Plague in India, 1896, 1897 - Volume 2
Year: 1896
Disease focus: Plague
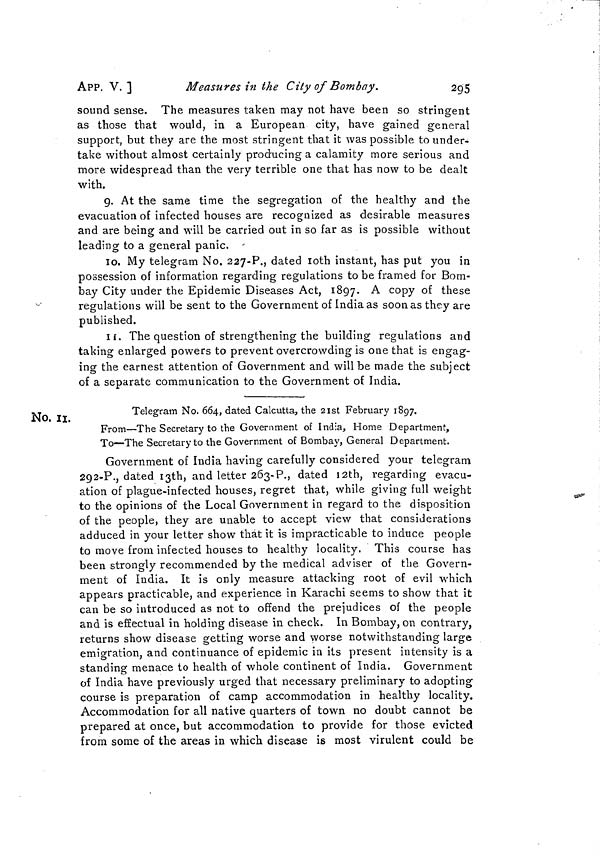
APP. V.]
Measures in the City of Bombay.
295
sound sense. The measures taken may not have been so stringent
as those that would, in a European city, have gained general
support, but they are the most stringent that it was possible to under-
take without almost certainly producing a calamity more serious and
more widespread than the very terrible one that has now to be dealt
with.
9. At the same time the segregation of the healthy and the
evacuation of infected houses are recognized as desirable measures
and are being and will be carried out in so far as is possible without
leading to a general panic. '
10. My telegram No. 227-?., dated loth instant, has put you in
possession of information regarding regulations to be framed for Bom-
bay City under the Epidemic Diseases Act, 1897. A copy of these
regulations will be sent to the Government of India as soon as they are
published.
11. The question of strengthening the building regulations and
taking enlarged powers to prevent overcrowding is one that is engag-
ing the earnest attention of Government and will be made the subject
of a separate communication to the Government of India.
No, ii.
Telegram No. 664, dated Calcutta, the 2ist February 1897.
From—The Secretary to the Government of India, Home Department,
To—The Secretary to the Government of Bombay, General Department.
Government of India having carefully considered your telegram
292-?., dated i3th, and letter 263-?., dated I2th, regarding evacu-
ation of plague-infected houses, regret that, while giving full weight
to the opinions of the Local Government in regard to the disposition
of the people, they are unable to accept view that considerations
adduced in your letter show that it is impracticable to induce people
to move from infected houses to healthy locality. This course has
been strongly recommended by the medical adviser of the Govern-
ment of India. It is only measure attacking root of evil which
appears practicable, and experience in Karachi seems to show that it
can be so introduced as not to offend the prejudices of the people
and is effectual in holding disease in check. In Bombay, on contrary,
returns show disease getting worse and worse notwithstanding large
emigration, and continuance of epidemic in its present intensity is a
standing menace to health of whole continent of India. Government
of India have previously urged that necessary preliminary to adopting
course is preparation of camp accommodation in healthy locality.
Accommodation for all native quarters of town no doubt cannot be
prepared at once, but accommodation to provide for those evicted
from some of the areas in which disease is most virulent could be